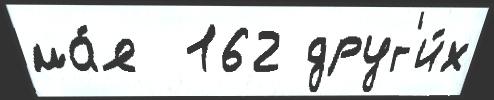
ма́я  162 друг'и́х